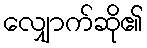
လျှောက်ဆို၏